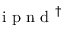
\textup { i p n d } ^ { \dag }